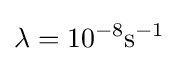
\lambda =10^{-8}\mathrm {s} ^{-1}